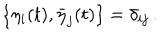
LaTeX: \{ \eta _ { i } ( t ) , \bar { \eta } _ { j } ( t ) \} = \delta _ { i j } \, .